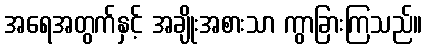
အရေအတွက်နှင့် အချိုးအစားသာ ကွာခြားကြသည်။